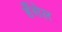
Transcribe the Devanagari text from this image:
हँसेल